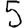
Digit: 5